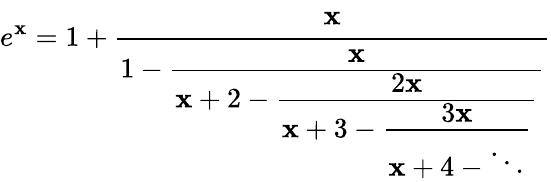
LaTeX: e^{\mathbf{x}}=1+{\cfrac{\mathbf{x}}{1-{\cfrac{\mathbf{x}}{\mathbf{x}+2-{\cfrac{2\mathbf{x}}{\mathbf{x}+3-{\cfrac{3\mathbf{x}}{\mathbf{x}+4-\ddots}}}}}}}}